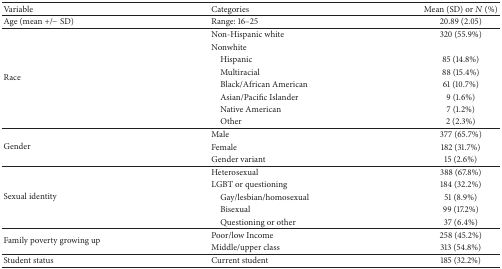
<table><thead><tr><td><b>Variable</b></td><td><b>Categories</b></td><td><b>Mean (SD) or <i>N</i> (%)</b></td></tr></thead><tbody><tr><td>Age (mean +/− SD)</td><td>Range: 16–25</td><td>20.89 (2.05)</td></tr><tr><td rowspan="8">Race</td><td>Non-Hispanic white</td><td>320 (55.9%)</td></tr><tr><td>Nonwhite</td><td> </td></tr><tr><td> Hispanic</td><td>85 (14.8%)</td></tr><tr><td> Multiracial</td><td>88 (15.4%)</td></tr><tr><td> Black/African American</td><td>61 (10.7%)</td></tr><tr><td> Asian/Pacific Islander</td><td>9 (1.6%)</td></tr><tr><td> Native American</td><td>7 (1.2%)</td></tr><tr><td> Other</td><td>2 (2.3%)</td></tr><tr><td rowspan="3">Gender</td><td>Male</td><td>377 (65.7%)</td></tr><tr><td>Female</td><td>182 (31.7%)</td></tr><tr><td>Gender variant</td><td>15 (2.6%)</td></tr><tr><td rowspan="5">Sexual identity</td><td>Heterosexual</td><td>388 (67.8%)</td></tr><tr><td>LGBT or questioning</td><td>184 (32.2%)</td></tr><tr><td> Gay/lesbian/homosexual</td><td>51 (8.9%)</td></tr><tr><td> Bisexual</td><td>99 (17.2%)</td></tr><tr><td> Questioning or other</td><td>37 (6.4%)</td></tr><tr><td rowspan="2">Family poverty growing up</td><td>Poor/low Income</td><td>258 (45.2%)</td></tr><tr><td>Middle/upper class</td><td>313 (54.8%)</td></tr><tr><td>Student status</td><td>Current student</td><td>185 (32.2%)</td></tr></tbody></table>